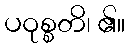
ပဝုစ္စတိ၊ ၏။